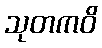
သုတကဝိ